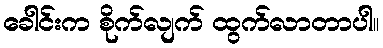
ခေါင်းက စိုက်လျက် ထွက်လာတာပါ။